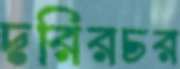
দরিরচর